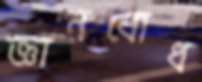
জ্ঞানবোধ